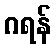
ဂရန်